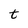
Character: t